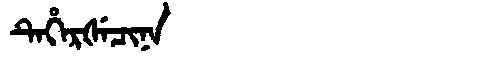
Manchu: ᡨᡝᡥᡝᡵᡧᡝᠴᡳᠨᠠ
Romanization: TEHERŠECINA